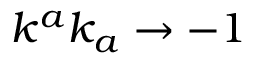
k ^ { a } k _ { a } \rightarrow - 1